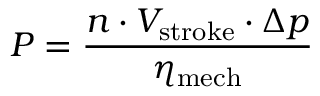
P = { \frac { n \cdot V _ { \mathrm { s t r o k e } } \cdot \Delta p } { \eta _ { \mathrm { m e c h } } } }